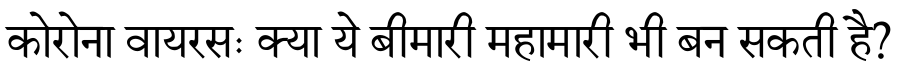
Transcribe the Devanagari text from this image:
कोरोना वायरसः क्या ये बीमारी महामारी भी बन सकती है?